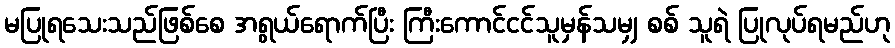
မပြုရသေးသည်ဖြစ်စေ အရွယ်ရောက်ပြီး ကြီးကောင်ငင်သူမှန်သမျှ စစ် သူရဲ ပြုလုပ်ရမည်ဟု